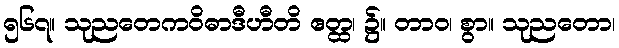
၅၆၇။ သုညတေကဝိဓာဒီဟီတိ ဧတ္ထ၊ ၌။ တာဝ၊ စွာ။ သုညတော၊